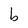
Character: b